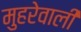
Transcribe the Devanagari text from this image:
मुहरेवाली